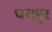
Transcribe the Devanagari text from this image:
चचपुर